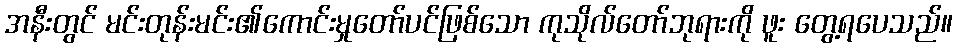
အနီးတွင် မင်းတုန်းမင်း၏ကောင်းမှုတော်ပင်ဖြစ်သော ကုသိုလ်တော်ဘုရားကို ဖူး တွေ့ရပေသည်။